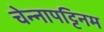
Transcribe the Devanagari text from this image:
चेन्नापट्टिनम